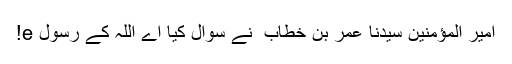
امیر المؤمنین سیدنا عمر بن خطاب ؓ نے سوال کیا اے اللہ کے رسول e!